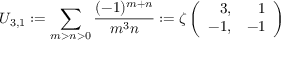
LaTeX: U _ { 3 , 1 } : = \sum _ { m > n > 0 } \frac { ( - 1 ) ^ { m + n } } { m ^ { 3 } n } : = \zeta \left( \begin{array} { r r } { { 3 , } } & { { 1 } } \\ { { - 1 , } } & { { - 1 } } \end{array} \right)